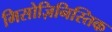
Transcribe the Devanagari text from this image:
मिसोज़िनिस्तिक